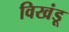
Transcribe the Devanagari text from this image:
विखंडू